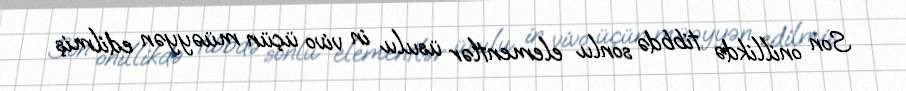
Son onillikdə tibbdə sonlu elementlər üsulu in vivo üçün müəyyən edilmiş